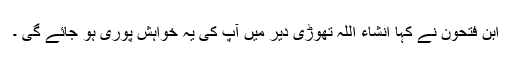
ابن فتحون نے کہا انشاء اللہ تھوڑی دیر میں آپ کی یہ خواہش پوری ہو جائے گی ۔